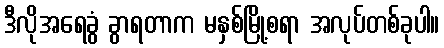
ဒီလိုအရေခွံ ခွာရတာက မနှစ်မြို့စရာ အလုပ်တစ်ခုပါ။